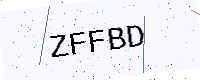
Text: ZFFBD